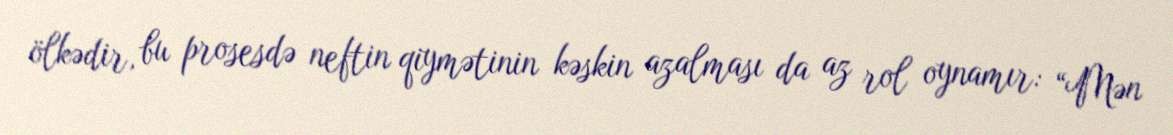
ölkədir, bu prosesdə neftin qiymətinin kəskin azalması da az rol oynamır: “Mən